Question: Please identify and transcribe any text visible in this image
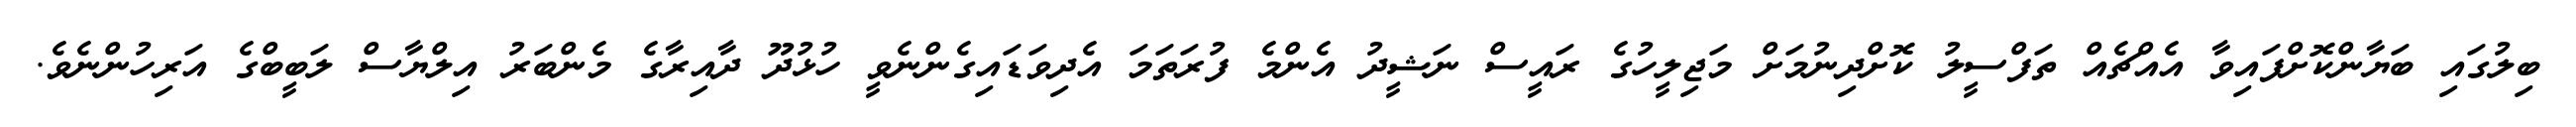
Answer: ބިލުގައި ބަޔާންކޮށްފައިވާ އެއްޗެއް ތަފްސީލު ކޮށްދިނުމަށް މަޖިލީހުގެ ރައީސް ނަޝީދު އެންމެ ފުރަތަމަ އެދިވަޑައިގެންނެވީ ހުޅުދޫ ދާއިރާގެ މެންބަރު އިލްޔާސް ލަބީބްގެ އަރިހުންނެވެ.